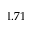
1 . 7 1